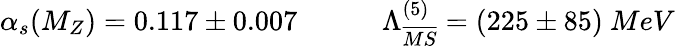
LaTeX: \alpha_{s}(M_{Z})=0.117\pm 0.007\qquad\quad\Lambda_{\overline{{{MS}}}}^{(5)}=(225\pm 85)~MeV